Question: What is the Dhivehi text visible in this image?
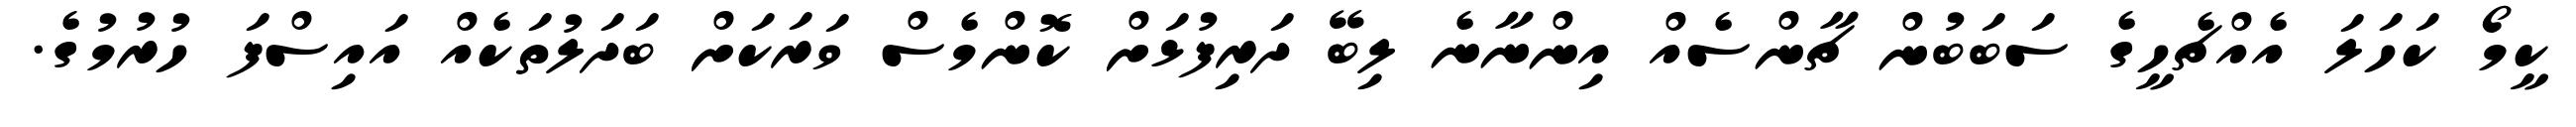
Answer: ކީމޯ ކަހަލަ އެއްޗެހީގެ ސަބަބުން ޗާންސެއް އިންނާނެ ލިބޭ ދަރިފުޅަށް ކޮންމެސް ވަރަކަށް ބަދަލުތަކެއް އައިސްފަ ހުރުމުގެ.